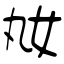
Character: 奿